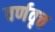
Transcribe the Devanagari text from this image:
वर्णवृत्त